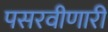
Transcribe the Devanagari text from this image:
पसरवीणारी